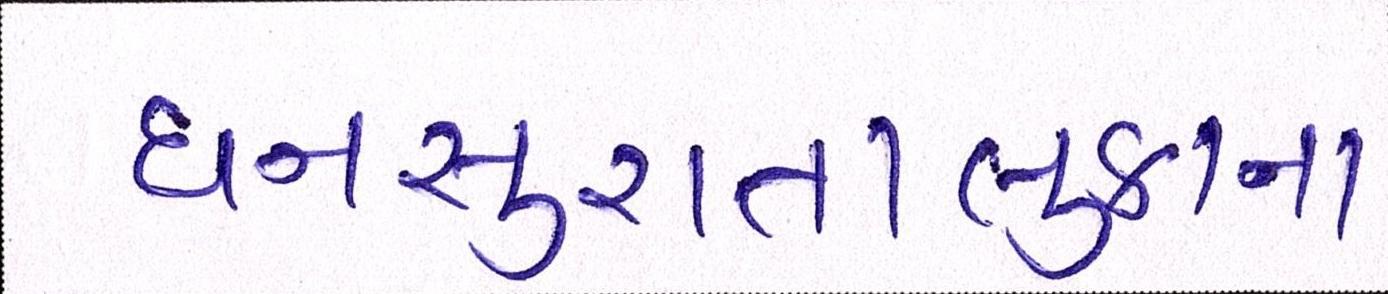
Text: ધનસુરાતાલુકાના